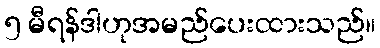
၅ မီရန်ဒါဟုအမည်ပေးထားသည်။